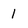
Character: 1